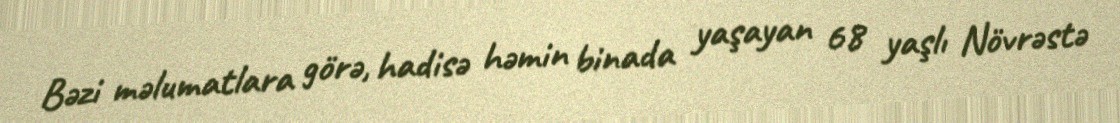
Bəzi məlumatlara görə, hadisə həmin binada yaşayan 68 yaşlı Növrəstə